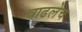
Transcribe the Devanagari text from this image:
वाढलेच